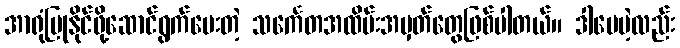
အာရုံပြုနိုင်ဖို့ဆောင်ရွက်ပေးတဲ့ သင်္ကေတအထိမ်းအမှတ်တွေဖြစ်ပါတယ်။ ဒါပေမဲ့လည်း